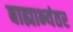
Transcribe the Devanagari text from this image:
बाह्याभ्यंतर